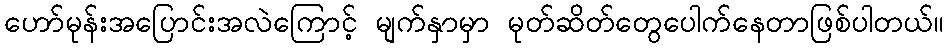
ဟော်မုန်းအပြောင်းအလဲကြောင့် မျက်နှာမှာ မုတ်ဆိတ်တွေပေါက်နေတာဖြစ်ပါတယ်။